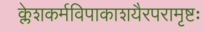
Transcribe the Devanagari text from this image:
क्लेशकर्मविपाकाशयैरपरामृष्टः